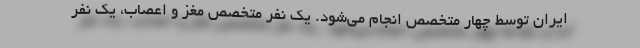
ایران توسط چهار متخصص انجام می‌شود. یک نفر متخصص مغز و اعصاب، یک نفر